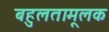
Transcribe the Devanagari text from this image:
बहुलतामूलक